Annual report on the working of the mental hospitals in the Madras Presidency - 1912-1932
Year: 1912
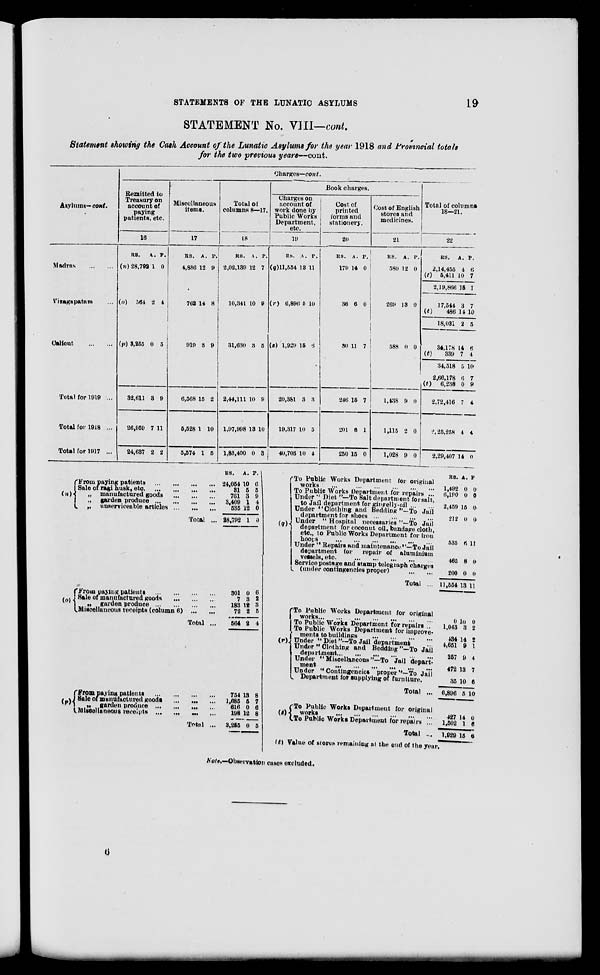
STATEMENTS OF THE LUNATIC ASYLUMS
19
STATEMENT No. VIII—cont.
Statement showing the Cash Account of the Lunatic Asylums for the year 1918 and Provincial totals
for the two previous years—cont.
Asylums— cont.
Madras
...
...
Vizagapatam ...
Calicut
...
...
Total for 1919 ...
Total for 1918 ...
Total for 1917 ...
Charges—cont.
Remitted to
Treasury on
account of
paying
patients, etc.
16
RS.
(n) 28,792
A.
1
P.
0
(o) 564 2 4
(p) 3,255
32,611
26,959
24,637
0
3
7
2
5
9
11
2
Miscellaneous
items.
17
RS.
4,886
A.
12
P.
9
762 14 8
919
6,568
5,528
5,574
3
15
1
1
9
2
10
5
Total of
columns 8—17.
18
RS.
2,02,139
A.
12
P.
7
10,341 10 9
31,630
2,44,111
1,97,998
1,88,400
3
10
13
0
5
9
10
3
Book charges.
Charges on
account of
work done by
Public Works
Department,
etc.
19
RS.
(q)11,554
A.
13
P.
11
(r) 6,896 5 10
(s) 1,929
20,381
19,317
40,703
15
3
10
10
6
3
5
4
Cost of
printed
forms and
stationery.
20
RS.
179
A.
14
P.
0
36 6 0
30
246
201
250
11
15
6
15
7
7
1
0
Cost of English
stores and
medicines.
21
RS.
580
A.
12
P.
0
269 13 0
588
1,438
1,115
1,028
0
9
2
9
0
0
0
0
Total of columns
18—21.
22
RS.
2,14,455
(t) 5,411
2,19,866
17,544
(t)
486
18,031
34,178
(t)
339
34,518
2,66,178
(t) 6,238
2,72,416
2, 25,258
2,29,407
A.
4
10
15
3
14
2
14
7
5
5
6
7
4
14
P.
6
7
1
7
10
5
6
4
10
7
9
4
4
0
(n)
From paying patients
...
...
...
...
Sale of ragi husk, etc ... ... ... ...
„ manufactured goods
...
...
...
., garden produce
...
...
...
...
„ unserviceable articles ... ... ...
Total ...
(o)
Frow paying patients
...
...
...
...
Sale of manufactured goods
...
...
...
„ garden produce
...
...
...
...
Miscellaneous receipts (column 6)
...
...
Total ...
(p)
From paying patients ... ... ... ... ...
Sale of manufactured goods
...
...
...
„ garden produce ... ... ... ...
Miscellaneous receipts ... ... ... ...
Total ...
RS.
21,054
31
761
3,409
535
28,792
301
7
183
72
564
754
1,685
616
198
3,255
A.
10
5
3
1
12
1
0
3
12
2
2
13
5
0
12
0
P.
6 5
9
4
0
0
6
2
3
5
4
8
7
6
8
5
(q)
To Public Works Department tor original
works
...
...
...
...
...
...
To Public Works Department for repairs ...
Under " Diet "—To Salt department for salt,
to Jail department for gingell-oil ... ...
Under ''Clothing and Bedding "––To Jail
department for shoes ... ... ... ...
Under " Hospital necessaries "—To Jail
department for coconut oil, bandage cloth,
etc., to Public Works Department for iron
hoops
...
...
...
...
...
Under " Repairs and maintenance "—To Jail
department for repair of aluminium
vessels, etc.
...
...
...
...
Service postage and stamp telegraph charges
(under contingencies proper) ... ...
Total ...
(r)
To Public Works Department for original
works
...
...
...
...
...
...
To Public Works Department for repairs ...
To Public Works Department for improve-
ment to building ... ... ... ...
Under '' Diet
"-To
Jail
Department ...
Under " Clothing and Bedding "-To Jail
department
...
...
...
...
Under "Miscellaneous"—To Jail depart-
ment ... ... ... ... ... ...
Under "Contingencies proper ''—To Jail
Department for supplying of furniture.
Total ...
(d)
To Public Works Department for original
works
...
...
...
...
...
To Public Works Department for repairs ...
Total ...
RS.
1,492
6,190
2,459
212
535
465
200
11,554
0
1,043 434
4,651
257
472
35
6,896
427
1,502
1,929
A.
0
0
15
0
6
8
0
13
10
3 14
9
9
13
10
5
14
1
15
P
0
0
0
0
11
0
0
11
0
2 2
1
4
7
6
10
0
6
6
Value of stores remaining at the end of the year.
Note.—Observation cases excluded.
6